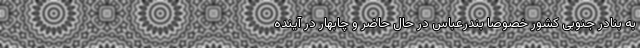
به بنادر جنوبی کشور خصوصاً بندرعباس در حال حاضر و چابهار در آینده